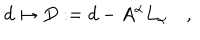
d \mapsto D : = d - A ^ { \alpha } L _ { \alpha } \quad ,